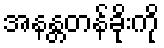
အနန္တတန်ခိုးကို